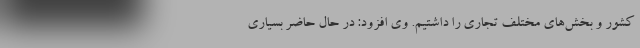
کشور و بخش‌های مختلف تجاری را داشتیم. وی افزود: در حال حاضر بسیاری